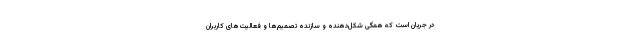
در جریان است که همگی شکل‌دهنده و سازنده تصمیم‌ها و فعالیت‌های کاربران